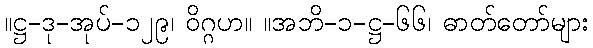
။ဋ္ဌ-ဒု-အုပ်-၁၂၉၊ ဝိဂ္ဂဟ။ ။အဘိ-၁-ဋ္ဌ-၆၆၊ ဓာတ်တော်များ